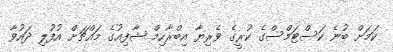
ކަމަށް ބުނެ ކަސްޓަމްސްގެ ކުރީގެ ވެރިޔާ އިބްރާހިމް ޝާފިއުގެ މައްޗަށް އުފުލި ދައުވާ